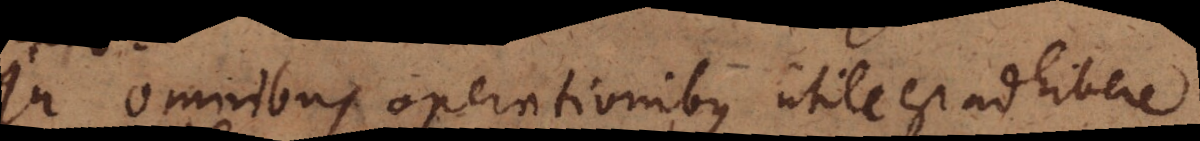
In omnibus operationibus utile est adhibere